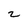
Character: z